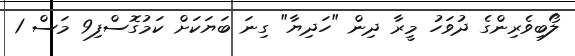
ލޯބިވެރިންގެ ދުވަހު މީރާ ދިން "ހަދިޔާ" ގިނަ ބަޔަކަށް ކަމުގޮސްފި9 މަސް 1